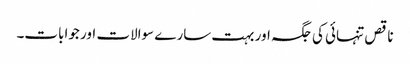
ناقص تنہائی کی جگہ اور بہت سارے سوالات اور جوابات۔